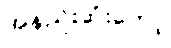
အနည်းဆုံးတော့